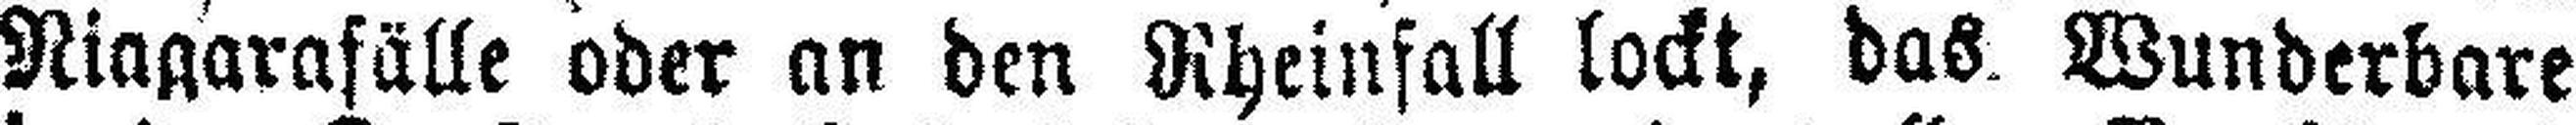
Niagarafälle oder an den Rheinfall lockt, das Wunderbare